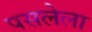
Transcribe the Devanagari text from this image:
पसलेला